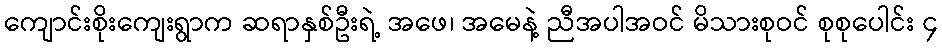
ကျောင်းစိုးကျေးရွာက ဆရာနှစ်ဦးရဲ့ အဖေ၊ အမေနဲ့ ညီအပါအဝင် မိသားစုဝင် စုစုပေါင်း ၄